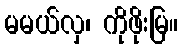
မမယ်လှ၊ ကိုဖိုးမြ။